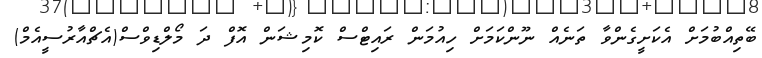
ބޭތިއްބުމަށް އެކަށީގެންވާ ތަނެއް ނޫންކަމަށް ހިއުމަން ރައިޓްސް ކޮމިޝަން އޮފް ދަ މޯލްޑިވްސް(އެޗްއާރުސީއެމް)